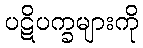
ပဋိပက္ခများကို